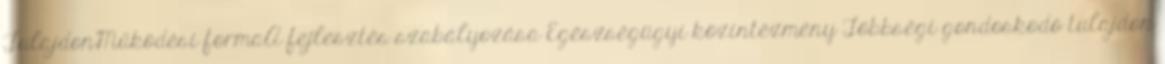
TulajdonMűködési formaA fejlesztés szabályozása Egészségügyi közintézmény Többségi gondoskodó tulajdon